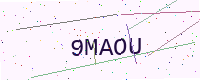
Text: 9MAOU